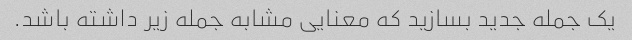
یک جمله جدید بسازید که معنایی مشابه جمله زیر داشته باشد.